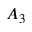
A _ { 3 }